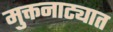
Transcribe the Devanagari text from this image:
मुक्तनाट्यात